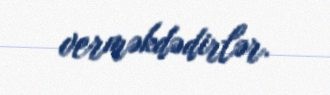
verməkdədirlər.